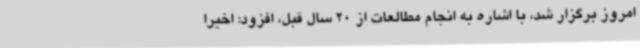
امروز برگزار شد، با اشاره به انجام مطالعات از 20 سال قبل، افزود: اخیرا